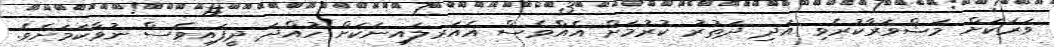
ވަރަކަށް މަޝްވަރާކުރެވި އަދި ދަތުރު ކުރުމަށް އެއްވެސް އެއަރލައިނަކަށް ހުއްދަ ދީފައިވެސް ނުވާކަމަށެވެ.